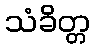
သံခိတ္တ